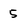
Character: 5